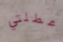
عطلتي